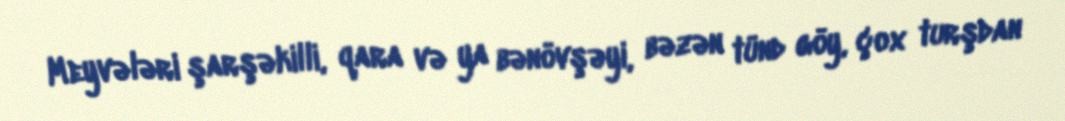
Meyvələri şarşəkilli, qara və ya bənövşəyi, bəzən tünd göy, çox turşdan